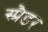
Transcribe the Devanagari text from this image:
स्प्रैडर